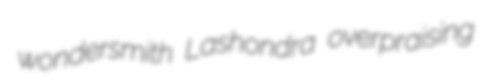
wondersmith Lashondra overpraising